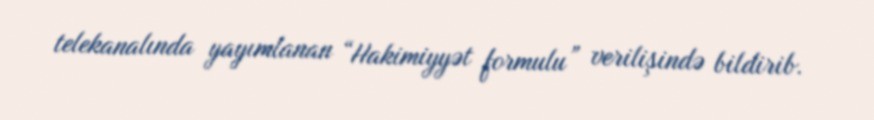
telekanalında yayımlanan “Hakimiyyət formulu” verilişində bildirib.